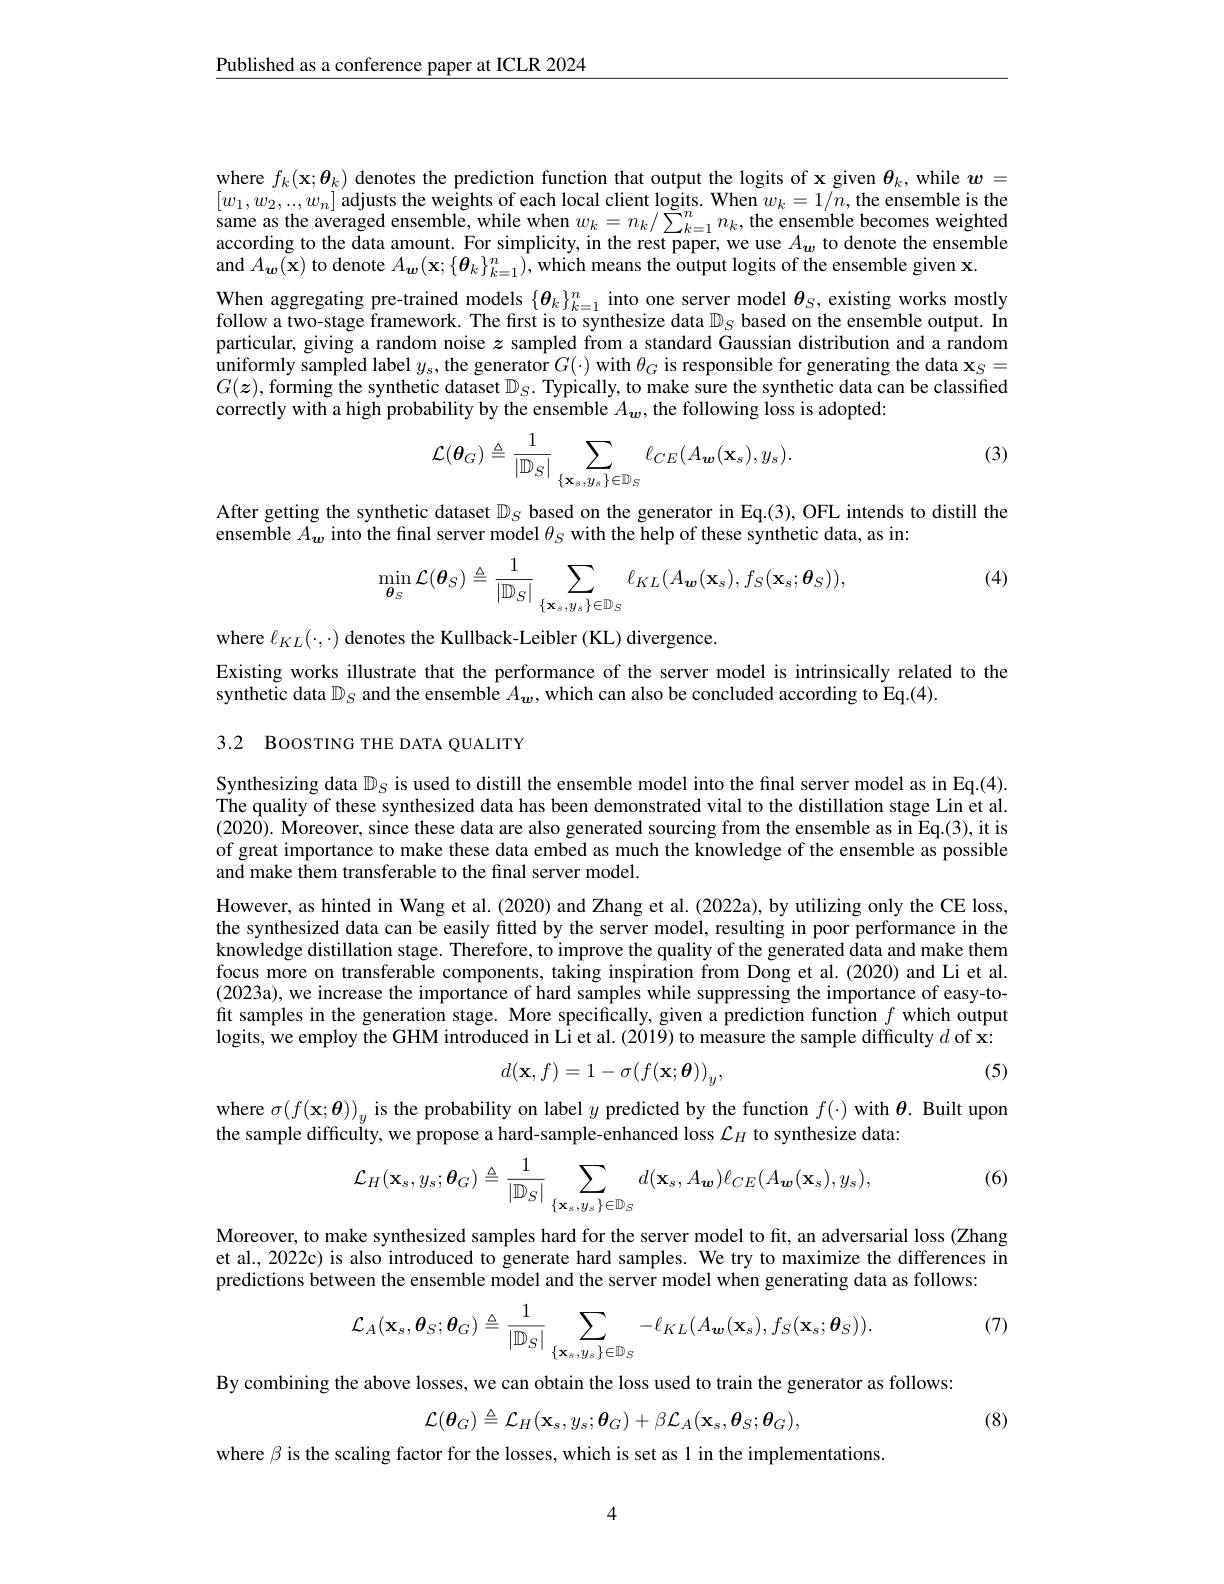
$\underline{\text{Published as a conference paper at ICLR 2024}}$

where $f_k(\mathbf{x};\boldsymbol{\theta}_k)$ denotes the prediction function that output the logits of x given $\boldsymbol\theta_k$, while $\boldsymbol w=$ $[w_1,w_2,..,w_n]$ adjusts the weights of each local client logits. When $w_k=1/n$, the ensemble is the $[ \alpha _{1}, \alpha _{2}, \alpha _{n}]$ aycot memot aremble, while when $w_{k}= n_{k}/ \sum _{k= 1}^{n}n_{k}$,the ensemble becomes weighted according to the data amount. For simplicity, in the rest paper, we use $A_w$ to denote the ensemble and $A_{\boldsymbol{w}}(\tilde{\mathbf{x}})$ to denote $A_\boldsymbol{w}(\mathbf{x};\{\boldsymbol{\theta}_k\}_{k=1}^{n}),\dot{\text{which means the output logits of the ensemble given x.}}$
When aggregating pre-trained models $\{\boldsymbol{\theta}_k\}_{k=1}^n$ into one server model $\boldsymbol{\theta}_S$, existing works mostly follow a two-stage framework. The first is to synthesize data $\mathbb{D}_S$ based on the ensemble output. In particular, giving a random noise $z$ sampled from a standard Gaussian distribution and a random uniformly sampled label $y_{s}$,the generator $G( \cdot )$ with $\theta _{G}\mathrm{~is~responsible~for~generating~the~data~x}_{S}=$ Cor $G(z)$,forming the synthetic dataset $\mathbb{D}_S.$ Typically, to make sure the synthetic data can be classified correctly with a high probability by the ensemble $A_{w}$, the following loss is adopted:

(3)
$$\mathcal{L}(\boldsymbol{\theta}_G)\triangleq\frac{1}{|\mathbb{D}_S|}\sum_{\{\mathbf{x}_s,y_s\}\in\mathbb{D}_S}\ell_{CE}(A_{\boldsymbol{w}}(\mathbf{x}_s),y_s).$$
After getting the synthetic dataset $\mathbb{D}_S$ based on the generator in Eq.(3),OFL intends to distill the
ensemble $A_w$ into the final server model $\theta_S$ with the help of these synthetic data, as in:

(4)
$$\min_{\boldsymbol{\theta}_{S}}\mathcal{L}(\boldsymbol{\theta}_{S})\triangleq\frac{1}{|\mathbb{D}_{S}|}\sum_{\{\mathbf{x}_{s},y_{s}\}\in\mathbb{D}_{S}}\ell_{KL}(A_{\boldsymbol{w}}(\mathbf{x}_{s}),f_{S}(\mathbf{x}_{s};\boldsymbol{\theta}_{S})),$$
where $\ell_{KL}(\cdot,\cdot)$ denotes the Kullback-Leibler (KL) divergence.
Existing works illustrate that the performance of the server model is intrinsically related to the
synthetic data $\mathbb{D}_S$ and the ensemble $A_{\boldsymbol{w}}$, which can also be concluded according to Eq.(4).
3.2 BoosTING THE DATA QUALITY

Synthesizing data $\mathbb{D}_S$ is used to distill the ensemble model into the final server model as in Eq.(4). The quality of these synthesized data has been demonstrated vital to the distillation stage Lin et al. $(2020).\dot{\text{ Moreover, since these data are also generated sourcing from the ensemble as in Eq.(3), it is}}$ of great importance to make these data embed as much the knowledge of the ensemble as possible and make them transferable to the final server model.

However, as hinted in Wang et al. (2020) and Zhang et al. (2022a), by utilizing only the CE loss, the synthesized data can be easily fitted by the server model, resulting in poor performance in the knowledge distillation stage. Therefore, to improve the quality of the generated data and make them focus more on transferable components, taking inspiration from Dong et al.(2020) and Li et al. (2023a),we increase the importance of hard samples while suppressing the importance of easy-tofit samples in the generation stage. More specifically, given a prediction function $f$ which output logits, we employ the GHM introduced in Li et al.(2019) to measure the sample difficulty $d$ of x:
$$d(\mathbf{x},f)=1-\sigma(f(\mathbf{x};\boldsymbol{\theta}))_{y},$$
(5)

where $\sigma(f(\mathbf{x};\boldsymbol{\theta}))_y$ is the probability on label $y$ predicted by the function $f(\cdot)$ with $\boldsymbol{\theta}.$ Built upon
the sample difficulty, we propose a hard-sample-enhanced loss $\mathcal{L}_H$ to synthesize data:

(6)
$$\mathcal{L}_{H}(\mathbf{x}_{s},y_{s};\boldsymbol{\theta}_{G})\triangleq\frac{1}{|\mathbb{D}_{S}|}\sum_{{\{\mathbf{x}_{s},y_{s}\}\in\mathbb{D}_{S}}}d(\mathbf{x}_{s},A_{\boldsymbol{w}})\ell_{CE}(A_{\boldsymbol{w}}(\mathbf{x}_{s}),y_{s}),$$
Moreover, to make synthesized samples hard for the server model to fit, an adversarial loss (Zhang et al., 2022c) is also introduced to generate hard samples. We try to maximize the differences in predictions between the ensemble model and the server model when generating data as follows:

(7)
$$\mathcal{L}_{A}(\mathbf{x}_{s},\boldsymbol{\theta}_{S};\boldsymbol{\theta}_{G})\triangleq\frac{1}{|\mathbb{D}_{S}|}\sum_{{\{\mathbf{x}_{s},y_{s}\}\in\mathbb{D}_{S}}}-\ell_{KL}(A_{\boldsymbol{w}}(\mathbf{x}_{s}),f_{S}(\mathbf{x}_{s};\boldsymbol{\theta}_{S})).$$
By combining the above losses, we can obtain the loss used to train the generator as follows:
$$\mathcal{L}(\boldsymbol{\theta}_{G})\triangleq\mathcal{L}_{H}(\mathbf{x}_{s},y_{s};\boldsymbol{\theta}_{G})+\beta\mathcal{L}_{A}(\mathbf{x}_{s},\boldsymbol{\theta}_{S};\boldsymbol{\theta}_{G}),$$
where $\beta$ is the scaling factor for the losses, which is set as 1 in the implementations

(8)

4